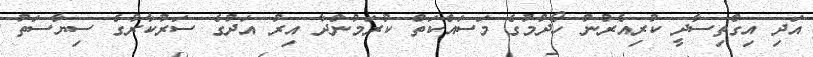
އަދި އިގްތިސާދީ ކުރިއެރުން ހޯދުމުގެ މަސައްކަތް ކުރަމުންދާ އިރު އަދުގެ ސަރުކާރުގެ ސިޔާސަތު